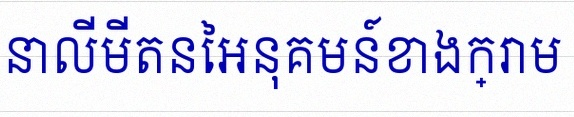
គណនាលីមីតនៃអនុគមន៍ខាងក្រោម